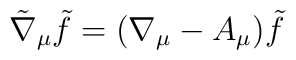
\tilde\nabla_{\mu}\tilde f = (\nabla_{\mu} - A_{\mu})\tilde f